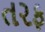
તરફ